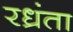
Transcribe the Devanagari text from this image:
रध्रंता